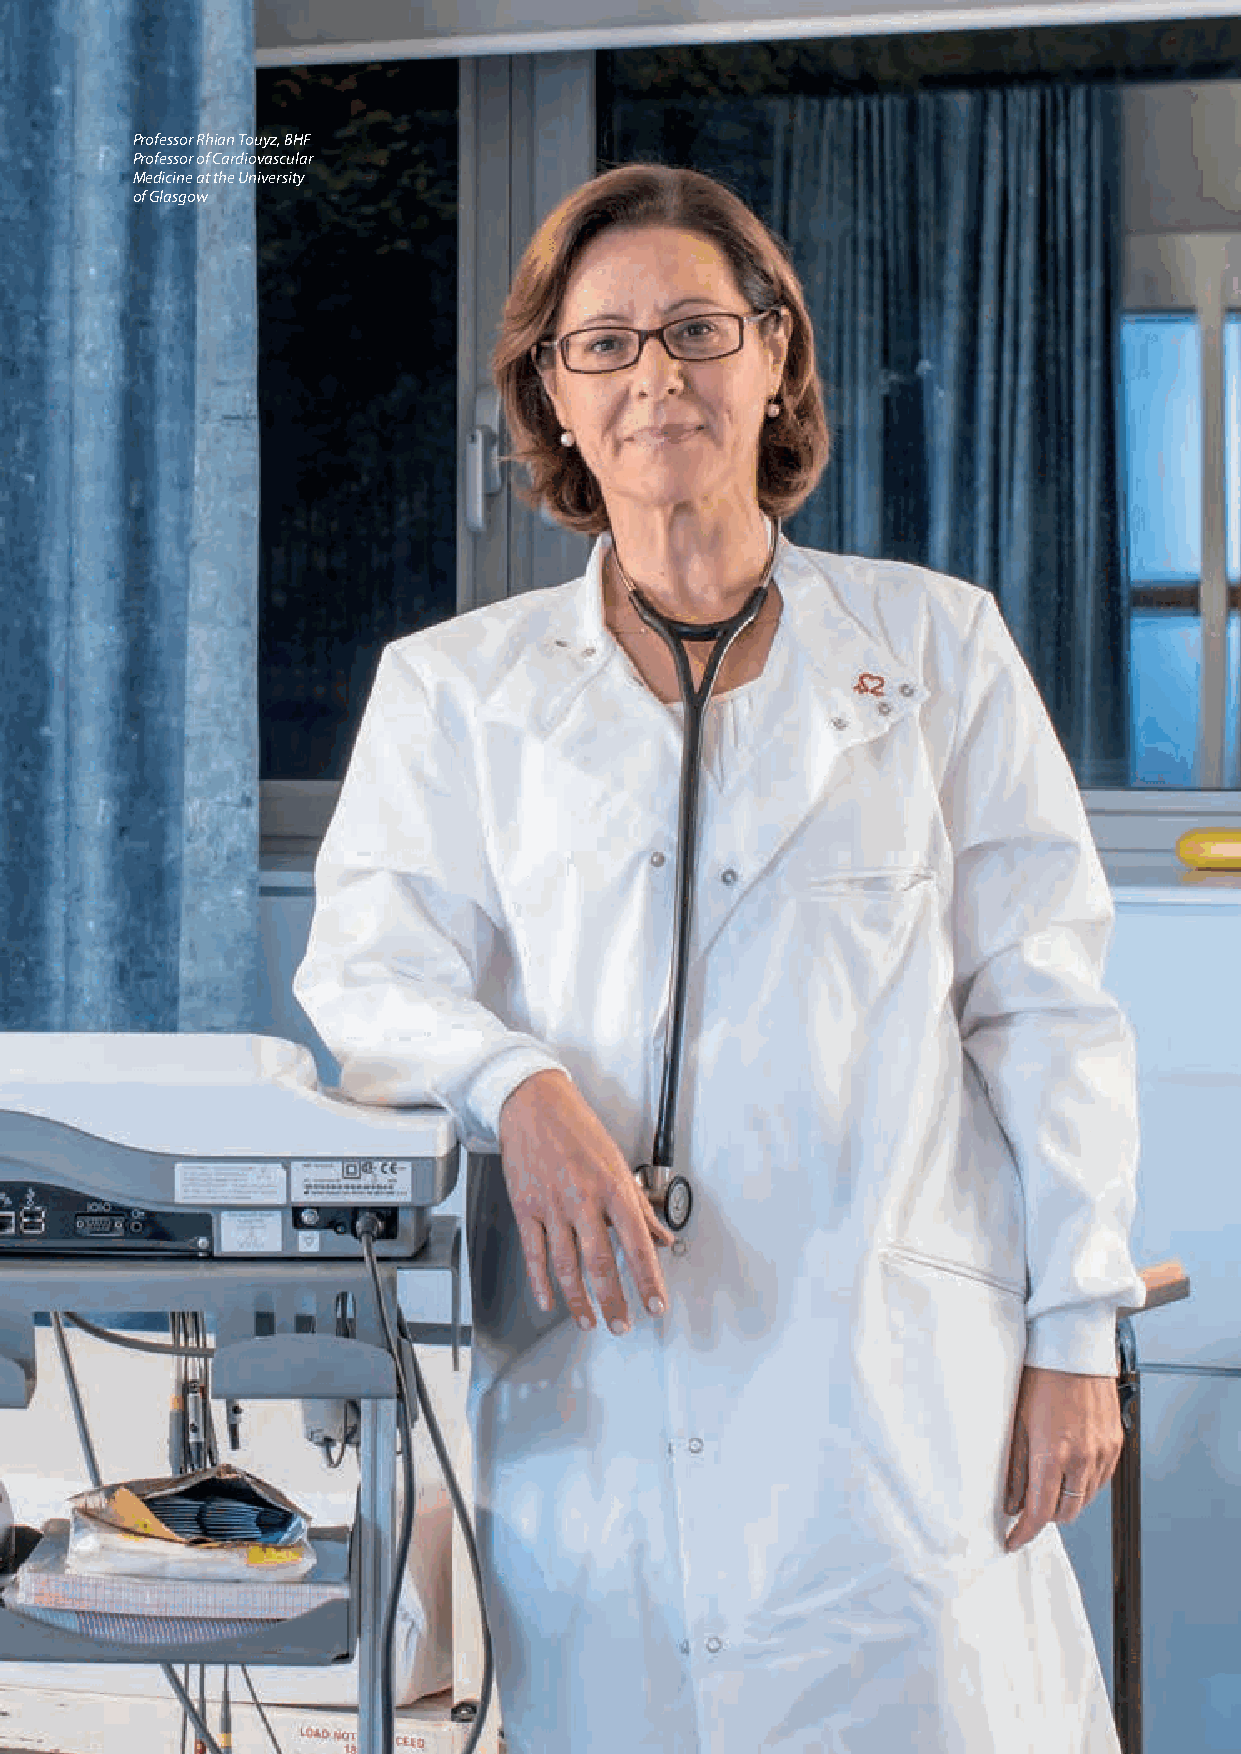
Professor Rhian Touyz, BHF
 Professor of Cardiovascular
 Medicine at the University
 of Glasgow